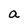
Character: a